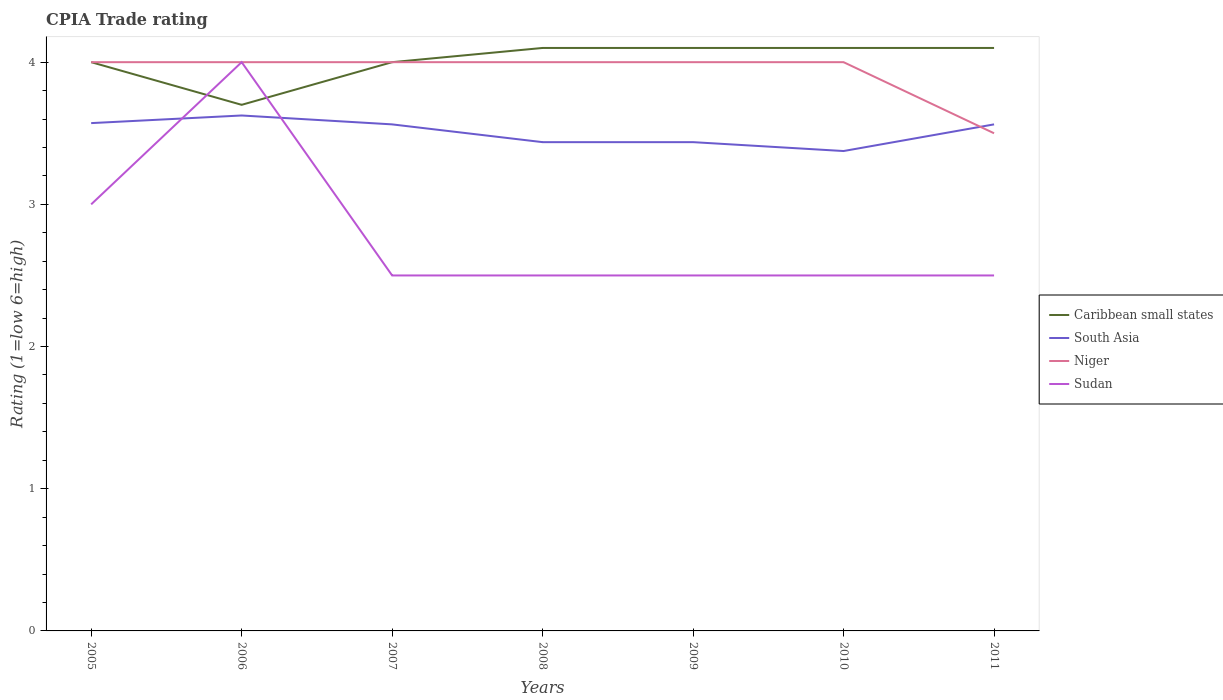
| Years | Caribbean small states | South Asia | Niger | Sudan |
 | --- | --- | --- | --- | --- |
 | 2005 | 4 | 3.57 | 4 | 3 |
 | 2006 | 3.7 | 3.62 | 4 | 4 |
 | 2007 | 4 | 3.56 | 4 | 2.5 |
 | 2008 | 4.1 | 3.44 | 4 | 2.5 |
 | 2009 | 4.1 | 3.44 | 4 | 2.5 |
 | 2010 | 4.1 | 3.38 | 4 | 2.5 |
 | 2011 | 4.1 | 3.56 | 3.5 | 2.5 |